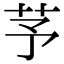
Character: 芧